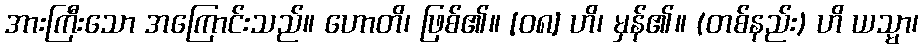
အားကြီးသော အကြောင်းသည်။ ဟောတိ၊ ဖြစ်၏။ [၀၈] ဟိ၊ မှန်၏။ (တစ်နည်း) ဟိ ယသ္မာ၊